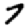
Digit: 7